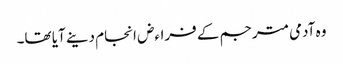
وہ آدمی مترجم کے فراءض انجام دینے آیا تھا۔